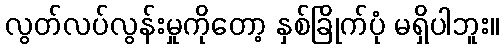
လွတ်လပ်လွန်းမှုကိုတော့ နှစ်ခြိုက်ပုံ မရှိပါဘူး။